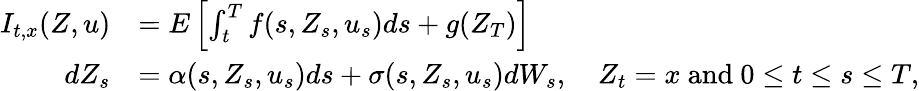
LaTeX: \begin{array}{rl}{I_{t,x}(Z,u)}&{=E\left[\int_{t}^{T}f(s,Z_{s},u_{s})ds+g(Z_{T})\right]}\\ {dZ_{s}}&{=\alpha(s,Z_{s},u_{s})ds+\sigma(s,Z_{s},u_{s})dW_{s},\quad Z_{t}=x\mathrm{~and~}0\leq t\leq s\leq T,}\end{array}